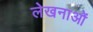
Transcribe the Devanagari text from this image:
लेखनाओं